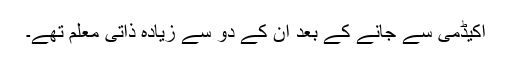
اکیڈمی سے جانے کے بعد ان کے دو سے زیادہ ذاتی معلم تھے۔